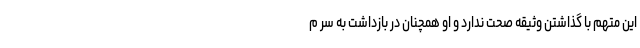
این متهم با گذاشتن وثیقه صحت ندارد و او همچنان در بازداشت به سر م